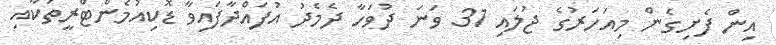
އިން ފެށިގެން މިއަހަރުގެ ޖުލައި 31 ވަނަ ދުވަހާ ދެމެދު އުފައްދާފައިވާ ޑޮކިއުމެންޓްރީތަކާއި